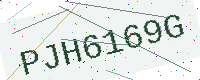
Text: PJH6169G